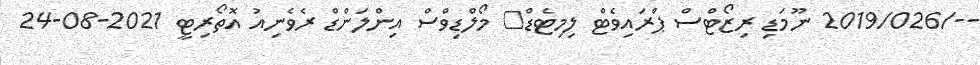
--/2019/026 ނޫމަޑި ރިޒޯޓްސް ޕްރައިވެޓް ލިމިޓެޑް	 މޯލްޑިވްސް އިންލަންޑް ރެވެނިއު އޮތޯރިޓީ 2021-08-24